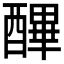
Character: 𨢡